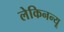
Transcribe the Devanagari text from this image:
लेकिनन्यू